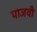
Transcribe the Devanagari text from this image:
पाजवी